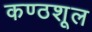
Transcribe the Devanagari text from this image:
कण्ठशूल